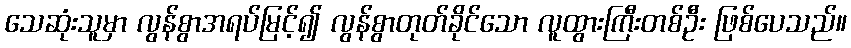
သေဆုံးသူမှာ လွန်စွာအရပ်မြင့်၍ လွန်စွာတုတ်ခိုင်သော လူထွားကြီးတစ်ဦး ဖြစ်ပေသည်။